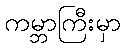
ကမ္ဘာကြီးမှာ